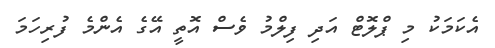
އެކަމަކު މި ޕްލޮޓް އަދި ފިލްމު ވެސް އޮތީ އޭގެ އެންމެ ފުރިހަމަ